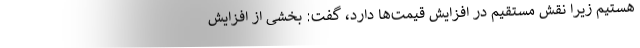
هستیم زیرا نقش مستقیم در افزایش قیمت‌ها دارد، گفت: بخشی از افزایش